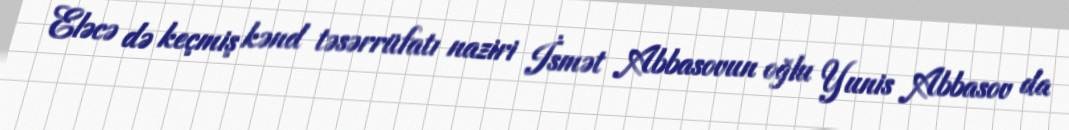
Eləcə də keçmiş kənd təsərrüfatı naziri İsmət Abbasovun oğlu Yunis Abbasov da